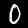
Digit: 0